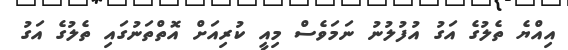
އިއްޔެ ތެލުގެ އަގު އުފުލުނު ނަމަވެސް މިއީ ކުރިއަށް އޮތްތަނުގައި ތެލުގެ އަގު